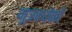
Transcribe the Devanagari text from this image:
मूत्रवर्धकों